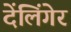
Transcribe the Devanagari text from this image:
देंलिंगेर